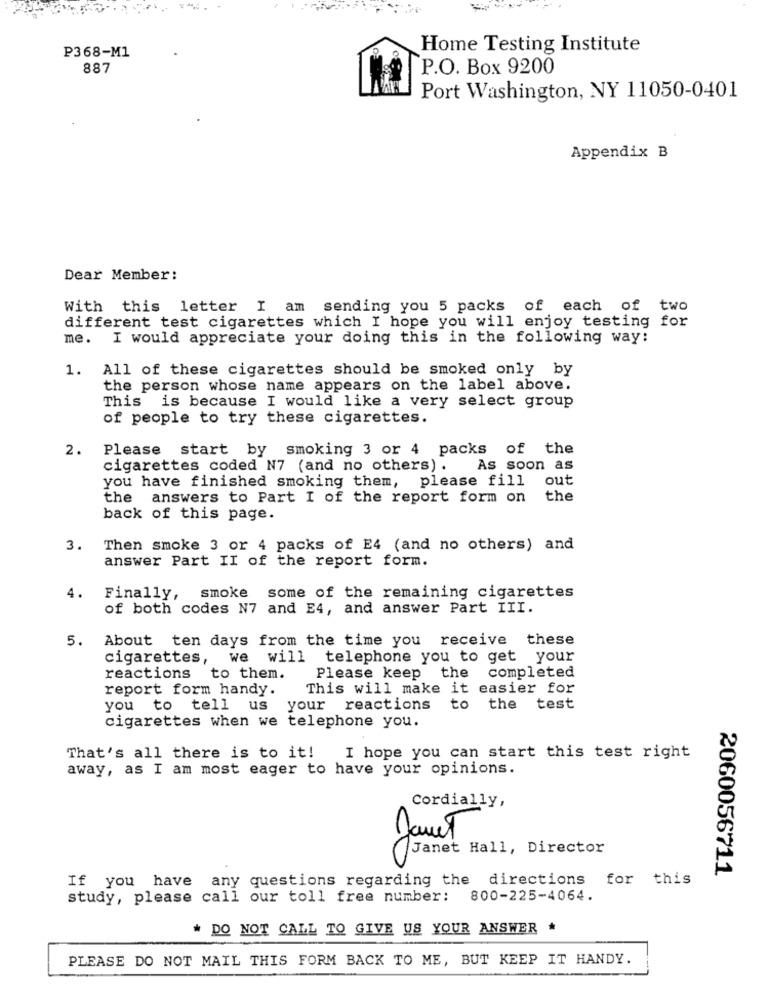
P368-M1
Home Testing Institute
887
P.O. Box 9200
Port Washington, NY 11050-0401
Appendix B
Dear Member:
With this letter I am sending you 5 packs of each of two
different test cigarettes which I hope you will enjoy testing for
me. I would appreciate your doing this in the following way:
1. All of these cigarettes should be smoked only by
the person whose name appears on the label above.
This is because I would like a very select group
of people to try these cigarettes.
2.
Please start by smoking 3 or 4 packs of the
cigarettes coded N7 (and no others) .
As soon as
you have finished smoking them, please fill
out
the answers to Part I of the report form on
the
back of this page.
3.
Then smoke 3 or 4 packs of E4 (and no others) and
answer Part II of the report form.
4.
Finally, smoke some of the remaining cigarettes
of both codes N7 and E4, and answer Part III.
5.
About ten days from the time you receive these
cigarettes, we will telephone you to get your
Please keep the completed
reactions to them.
report form handy.
This will make it easier for
you to tell us your reactions
to the test
cigarettes when we telephone you.
That's all there is to it!
I hope you can start this test right
away, as I am most eager to have your opinions.
Cordially,
Janet
Janet Hall, Director
CO
2060056711
If you have any questions regarding the directions for this
study, please call our toll free number:
800-225-4064.
* DO NOT CALL TO GIVE US YOUR ANSWER
PLEASE DO NOT MAIL THIS FORM BACK TO ME, BUT KEEP IT HANDY.